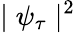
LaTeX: \mid\psi_{\tau}\mid^{2}